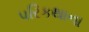
પરિકથાના